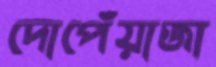
দোপেঁয়াজা